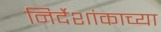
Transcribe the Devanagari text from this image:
निर्देशांकाच्या